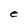
Character: e